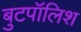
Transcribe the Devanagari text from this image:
बुटपॉलिश